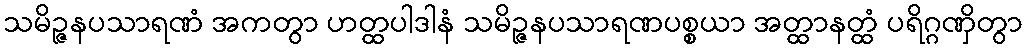
သမိဉ္ဇနပသာရဏံ အကတွာ ဟတ္ထပါဒါနံ သမိဉ္ဇနပသာရဏပစ္စယာ အတ္ထာနတ္ထံ ပရိဂ္ဂဏှိတွာ